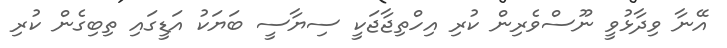
އޭނާ ވިދާޅުވީ ނޫސްވެރިން ކުރި އިހްތިޖާޖަކީ ސިޔާސީ ބަޔަކު އަޑީގައި ތިބިގެން ކުރި